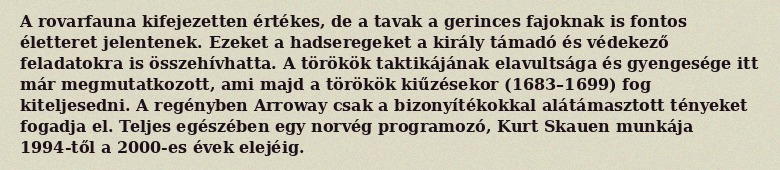
A rovarfauna kifejezetten értékes, de a tavak a gerinces fajoknak is fontos életteret jelentenek. Ezeket a hadseregeket a király támadó és védekező feladatokra is összehívhatta. A törökök taktikájának elavultsága és gyengesége itt már megmutatkozott, ami majd a törökök kiűzésekor (1683–1699) fog kiteljesedni. A regényben Arroway csak a bizonyítékokkal alátámasztott tényeket fogadja el. Teljes egészében egy norvég programozó, Kurt Skauen munkája 1994-től a 2000-es évek elejéig.